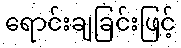
ရောင်းချခြင်းဖြင့်